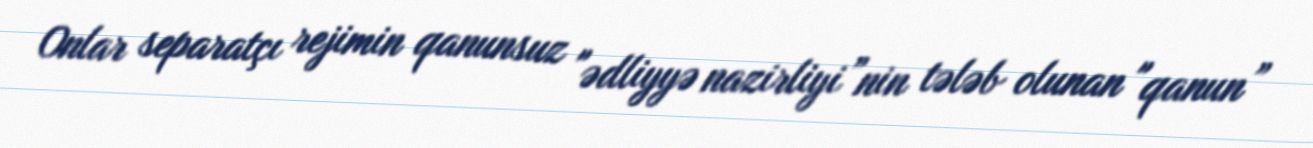
Onlar separatçı rejimin qanunsuz "ədliyyə nazirliyi”nin tələb olunan "qanun”